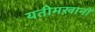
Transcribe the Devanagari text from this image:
यतीमख़ानों